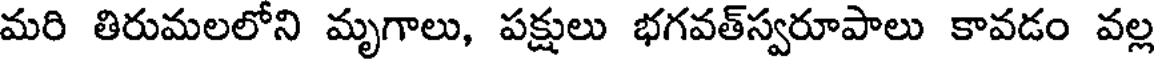
మరి తిరుమలలోని మృగాలు, పక్షులు భగవత్స్వరూపాలు కావడం వల్ల